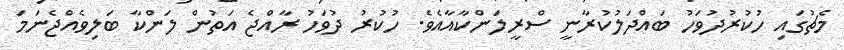
މެޗުގައި ހުކުރުދުވަހު ބައްދަލުކުރާނީ ސްރީލަންކާއާއެވެ. ހުކުރު ދުވަހު ރާއްޖެ އަތުން ލަންކާ ބަލިވެއްޖެނަމަ